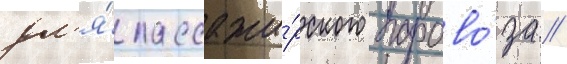
дл'я́ пассажи́рского парово́за //